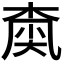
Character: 𡙚